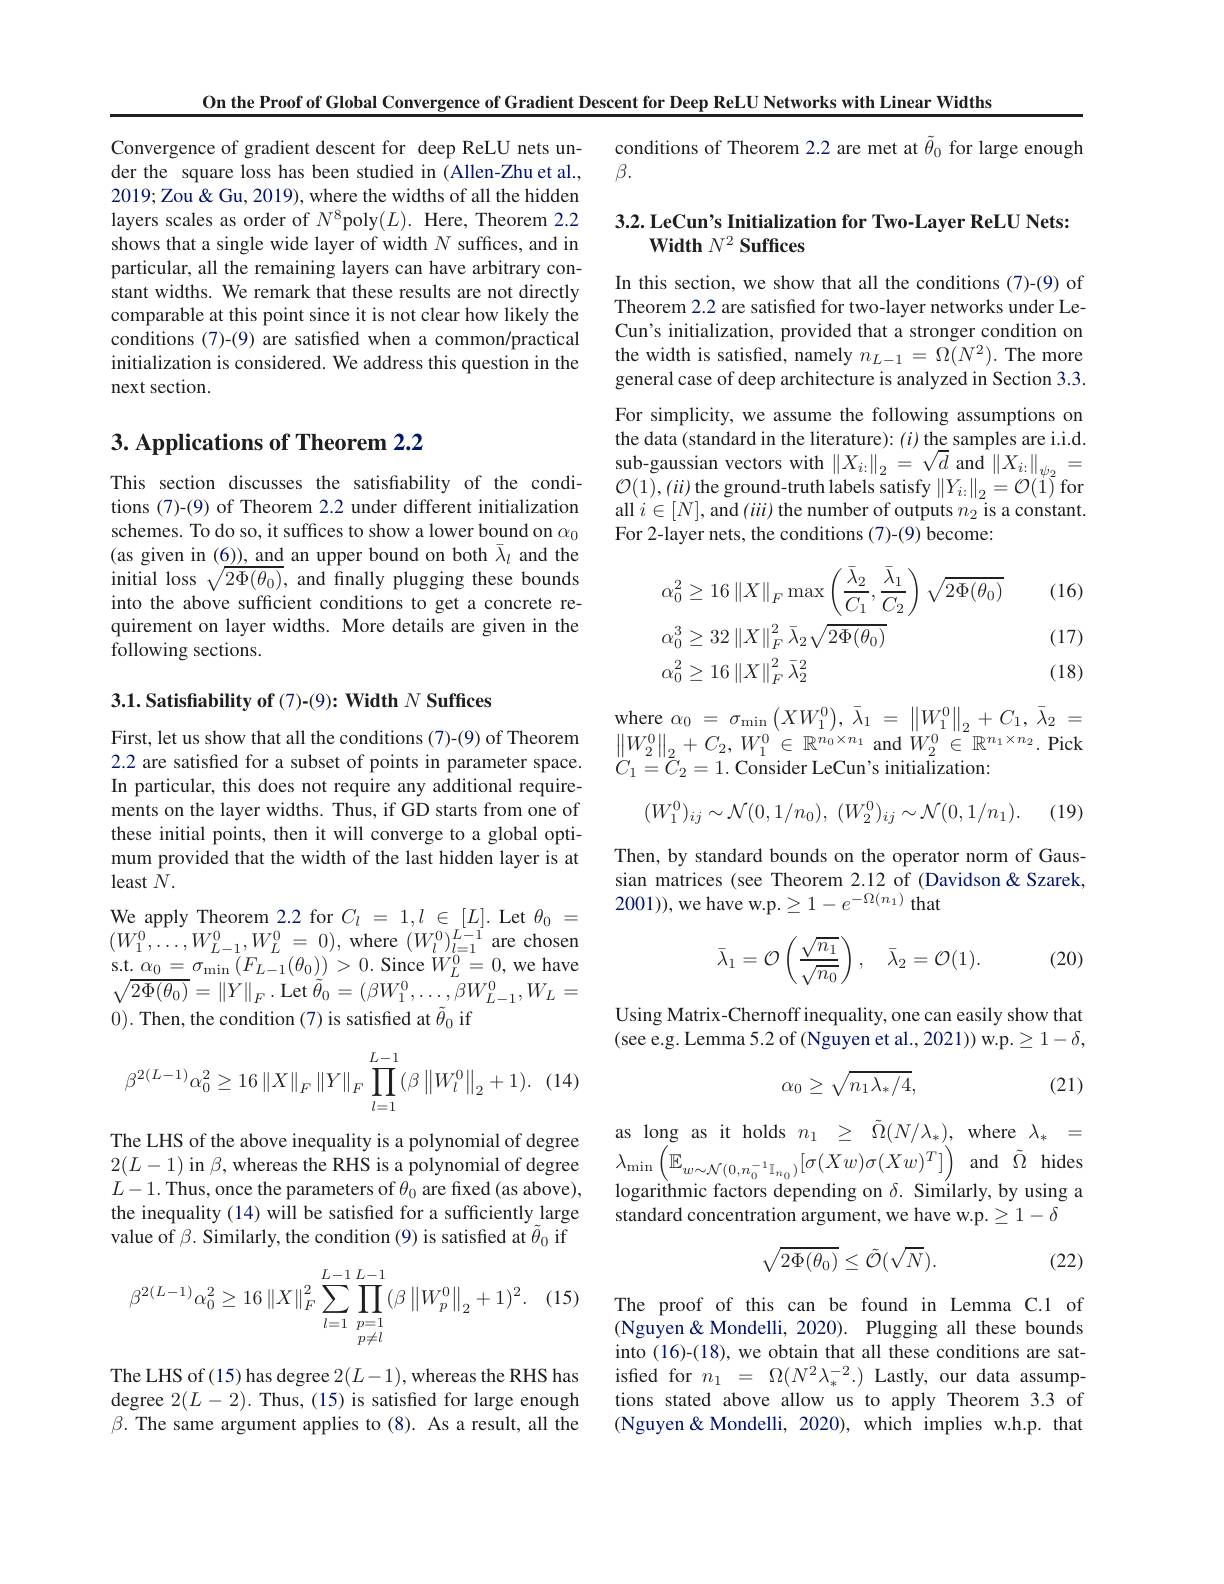
On the Proof of Global Convergence of Gradient Descent for Deep ReLU Networks with Linear Widths

conditions of Theorem 2.2 are met at $\tilde{\theta}_0$ for large enough
$\beta.$

## 3.2. LeCun's Initialization for Two-Layer ReLU Nets: Width $N^2\textbf{ Suffices}$

Convergence of gradient descent for deep ReLU nets under the square loss has been studied in (Allen-Zhu et al., 2019;Zou&Gu, 2019), where the widths of all the hidden layers scales as order of $N^{8}$poly$(L).$ Here, Theorem 2.2 shows that a single wide layer of width $N$ suffices, and in particular, all the remaining layers can have arbitrary constant widths. We remark that these results are not directly comparable at this point since it is not clear how likely the conditions (7)-(9) are satisfied when a common/practical initialization is considered. We address this question in the next section.

In this section, we show that all the conditions (7)-(9) of Theorem 2.2 are satisfied for two-layer networks under LeCun's initialization, provided that a stronger condition on the width is satisfied, namely $n_L-1=\Omega(N^2).$ The more general case of deep architecture is analyzed in Section 3.3. For simplicity, we assume the following assumptions on the data (standard in the literature): ($i)$ the samples are i.i.d. sub-gaussian vectors with $\|X_i:\|_2=\sqrt{d}$ and $\|X_i:\|_{\psi_2}=$ $\mathcal{O}(1),(ii)$ the ground-truth labels satisfy $\|Y_i:\|_2=\mathcal{O}(1)$ for all $i\in[N]$, and $(iii)$ the number of outputs $n_2$ is a constant. For 2-layer nets, the conditions (7)-(9) become:

## 3. Applications of Theorem 2.2

This section discusses the satisfiability of the conditions (7)-(9) of Theorem 2.2 under different initialization schemes. To do so, it suffices to show a lower bound on $\alpha_0$ (as given in (6)), and an upper bound on both $\bar{\lambda}_l$ and the initial loss $\sqrt{2\Phi(\theta_{0})}$, and finally plugging these bounds into the above sufficient conditions to get a concrete requirement on layer widths. More details are given in the following sections.

(16)
$$\begin{aligned}&\alpha_{0}^{2}\geq16\left\|X\right\|_{F}\max\left(\frac{\bar{\lambda}_{2}}{C_{1}},\frac{\bar{\lambda}_{1}}{C_{2}}\right)\sqrt{2\Phi(\theta_{0})}\\&\alpha_{0}^{3}\geq32\left\|X\right\|_{F}^{2}\bar{\lambda}_{2}\sqrt{2\Phi(\theta_{0})}\\&\alpha_{0}^{2}\geq16\left\|X\right\|_{F}^{2}\bar{\lambda}_{2}^{2}\end{aligned}$$
(17) (18)

3.1. Satisfiability of (7)-(9): Width $N\textbf{ Suffices}$

where $\alpha _0$ = $\sigma _{\min }\left ( XW_1^0\right ) $, $\bar{\lambda } _1$ = $\left \| W_1^0\right \| _2+ C_1$, $\bar{\lambda } _2$ = $\left \| W_{2}^{0}\right \| _{2}+ C_{2}$, $W_{1}^{0}\in \mathbb{R} ^{n_{0}\times n_{1}}$and $W_{2}^{0}\in \mathbb{R} ^{n_{1}\times n_{2}}.$Pick $C_{1}=\tilde{C}_{2}=1.\bar{\text{ Consider LeCun's initialization:}}$
$$(W_{1}^{0})_{ij}\sim\mathcal{N}(0,1/n_{0}),\:(W_{2}^{0})_{ij}\sim\mathcal{N}(0,1/n_{1}).$$
(19)

Then, by standard bounds on the operator norm of Gaussian matrices (see Theorem 2.12 of (Davidson&Szarek, 2001)), we have w.p.$\geq1-e^-\Omega(n_1)$ that

First, let us show that all the conditions (7)-(9) of Theorem 2.2 are satisfied for a subset of points in parameter space. In particular, this does not require any additional requirements on the layer widths. Thus, if GD starts from one of these initial points, then it will converge to a global optimum provided that the width of the last hidden layer is at $least\bar{N}.$
We apply Theorem 2.2 for $C_l=1,l\in[L].$ Let $\theta_0=$ $( W_{1}^{0}, \ldots , W_{L- 1}^{0}, W_{L}^{0}$ = 0), where $( W_{l}^{0}) _{l= 1}^{L- 1}$are chosen s. t. $\alpha _{0}$ = $\sigma _{\min }\left ( F_{L- 1}( \theta _{0}) \right ) > 0.$ Since $W_{L}^{0}= 0$, we have $\sqrt {2\Phi ( \theta _{0}) }$ = $\| Y\| _{F}$ . Let $\tilde{\theta } _{0}$ = $( \beta W_{1}^{0}, \ldots , \beta W_{L- 1}^{0}, W_{L}$ = 0). Then, the condition (7) is satisfied at $\tilde{\theta}_0$ if
$$\bar{\lambda}_1=\mathcal{O}\left(\frac{\sqrt{n_1}}{\sqrt{n_0}}\right),\quad\bar{\lambda}_2=\mathcal{O}(1).$$
(20)

Using Matrix-Chernoff inequality, one can easily show that (see e.g. Lemma 5.2 of (Nguyen et al., 2021)) w.p. ≥ 1- δ,

(14
$$\beta^{2(L-1)}\alpha_0^2\ge16\left\|X\right\|_F\left\|Y\right\|_F\prod_{l=1}^{L-1}(\beta\left\|W_l^0\right\|_2+1).$$
$$\alpha_0\geq\sqrt{n_1\lambda_*/4},$$
(21)

as long as it holds $n_1$ $\geq$ $\tilde{\Omega } ( N/ \lambda _* ) $, where $\lambda _*$ =
Ine LErs ol ne above mequanly is a polynonnal of degree $2( L- 1)$ in $\beta $, whereas the RHS is a polynomial of degree $\lambda _{\min }\left ( \tilde{\mathbb{E} } _{w\sim \mathcal{N} ( 0, n_0^{- 1}\mathcal{I} _{n_0}) }[ \sigma ( Xw) \sigma ( Xw) ^T] \right )$ and $\tilde{\Omega }$ hides $L= 1$ Thus once the naramatars of $\theta _{\text{ are fread }}$
logarithmic factors depending on $\delta .$ Similarly, by using a
standard concentration argument, we have w.p. $\geq1-\delta$

The LHS of the above inequality is a polynomial of degree $L-1.$ Thus, once the parameters of $\theta_0$ are fixed (as above), the inequality (14) will be satisfied for a sufficiently large value of $\beta.$ Similarly, the condition (9) is satisfied at $\tilde{\theta}_0$ if
$$\sqrt{2\Phi(\theta_0)}\leq\tilde{\mathcal{O}}(\sqrt{N}).$$
(22)

(1!
$$\beta^{2(L-1)}\alpha_0^2\geq16\left\|X\right\|_F^2\sum\limits_{l=1}^{L-1}\prod\limits_{p=1\atop p\neq l}^{L-1}(\beta\left\|W_p^0\right\|_2+1)^2.$$
The proof of this can be found in Lemma C.1 of $\hat{\text{(Nguyen}}\&$ Mondelli, 2020). Plugging all these bounds into (16)-(18), we obtain that all these conditions are satisfied for $n_1=\Omega(N^2\lambda_*^{-2}.)$ Lastly, our data assumptions stated above allow us to apply Theorem 3.3 of (Nguyen&Mondelli, 2020), which implies w.h.p. that

The LHS of (15) has degree $2(L-1)$,whereas the RHS has degree $2(L-2).$ Thus, (15) is satisfied for large enough $\beta.$ The same argument applies to (8). As a result, all the